Some observations on the poison of Russell's viper (Daboia russellii) - Number 3
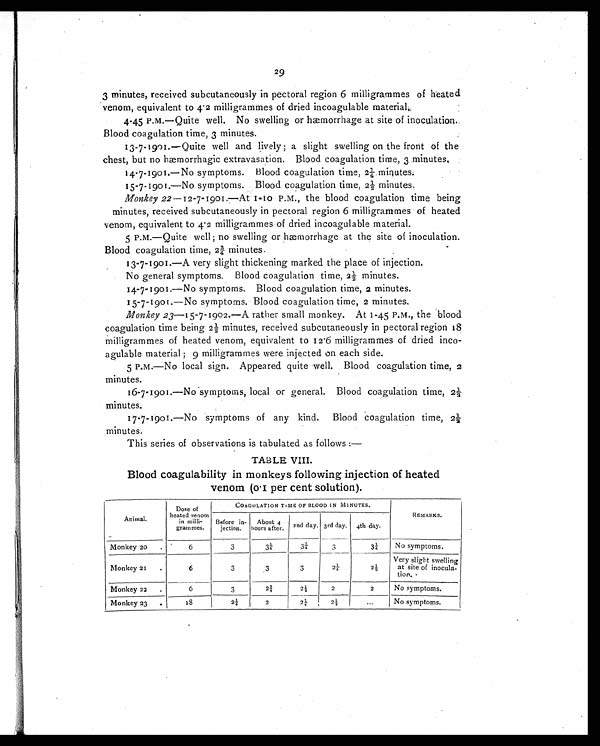
29
3 minutes, received subcutaneously in pectoral region 6 milligrammes of heated
venom, equivalent to 4.2 milligrammes of dried incoagulable material.
4-45 P.M.—Quite well. No swelling or hæmorrhage at site of inoculation.
Blood coagulation time, 3 minutes.
13-7-1901.—Quite well and lively; a slight swelling on the front of the
chest, but no hæmorrhagic extravasation. Blood coagulation time, 3 minutes,
14-7-1901.—No symptoms. Blood coagulation time, 2¼ minutes.
15-7-1901.—No symptoms. Blood coagulation time, 2½ minutes.
Monkey 22— 12-7-1901.—At 1-10 P.M., the blood coagulation time being
minutes, received subcutaneously in pectoral region 6 milligrammes of heated
venom, equivalent to 4.2 milligrammes of dried incoagulable material.
5 P.m.—Quite well; no swelling or hæmorrhage at the site of inoculation.
Blood coagulation time, 2¾ minutes.
13-7-1901.—A very slight thickening marked the place of injection.
No general symptoms. Blood coagulation time, 2½ minutes.
14-7-1901.—No symptoms. Blood coagulation time, 2 minutes.
15-7-1901.—No symptoms. Blood coagulation time, 2 minutes.
Monkey 23—15-7-1902.—A rather small monkey. At 1-45 P.M., the blood
coagulation time being 2½ minutes, received subcutaneously in pectoral region 18
milligrammes of heated venom, equivalent to 12.6 milligrammes of dried inco-
agulable material; 9 milligrammes were injected on each side.
5 P.M.—No local sign. Appeared quite well. Blood coagulation time, 2
minutes.
16-7-1901.—No symptoms, local or general. Blood coagulation time, 2½
minutes.
17-7-19o1.—No symptoms of any kind. Blood coagulation time, 2½
minutes.
This series of observations is tabulated as follows :—
TABLE VIII.
Blood coagulability in monkeys following injection of heated
venom (0.1 per cent solution).
Animal.
Dose of
heated venom
in milli-
grammes.
COAGULATION TIME OF BLOOD IN MINUTES.
Before in-
jection.
About 4
hours after. 2nd day. 3rd day. 4th day.
REMARKS.
Monkey 20
.
6
3
3 ¼
3¼
3
3 ¼
No symptoms.
Monkey 21
.
6
3
3
3
2¼
2 ½
Very slight swelling
at site of inocula-
tion.
Monkey 22
.
6
3
2 ¾
2½
2
2
No symptoms.
Monkey 23
.
18
2 ¼
2
2¼
2½
. . .
No symptoms.